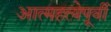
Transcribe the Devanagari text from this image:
आत्महत्येपूर्वी